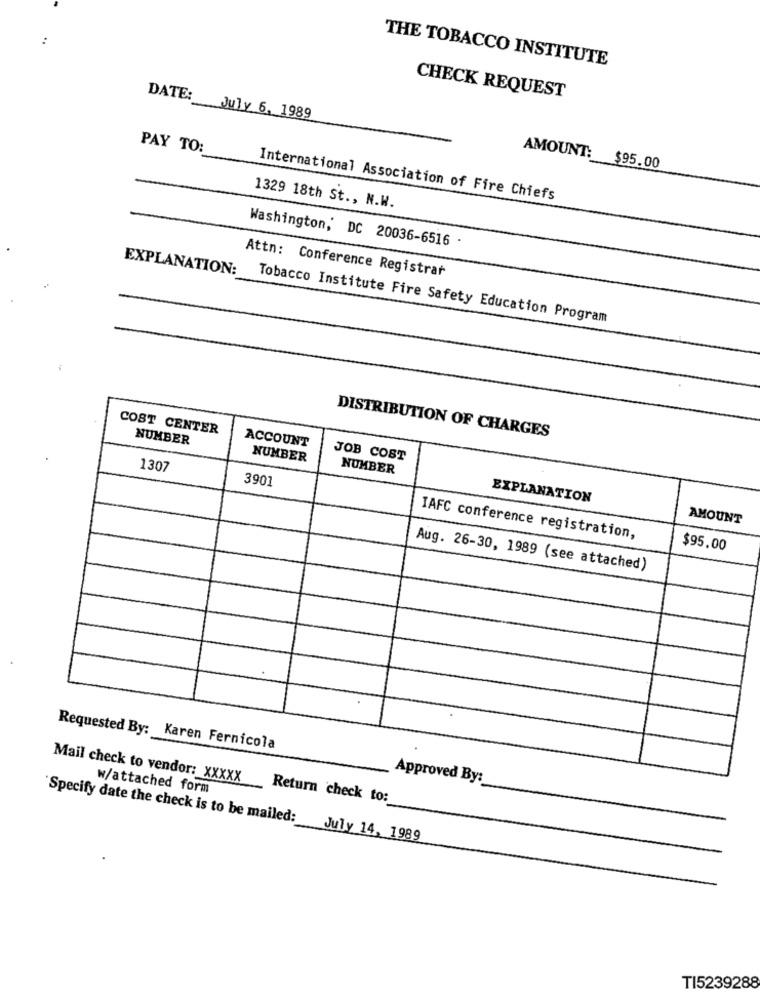
THE TOBACCO INSTITUTE
CHECK REQUEST
DATE: July 6, 1989
PAY TO:
AMOUNT: $95.00
International Association of Fire Chiefs
1329 18th St ., N.W.
Washington, DC 20036-6516 .
EXPLANATION:
Attn: Conference Registrar
Tobacco Institute Fire Safety Education Program
COST CENTER
DISTRIBUTION OF CHARGES
NUMBER
ACCOUNT
NUMBER
JOB COST
1307
NUMBER
3901
EXPLANATION
AMOUNT
IAFC conference registration,
$95.00
Aug. 26-30, 1989 (see attached)
Requested By: Karen Fernicola
Mail check to vendor: _ XXXXX
Approved By:
w/attached form
Return check to:
"Specify date the check is to be mailed: July 14, 1989
TI5239288